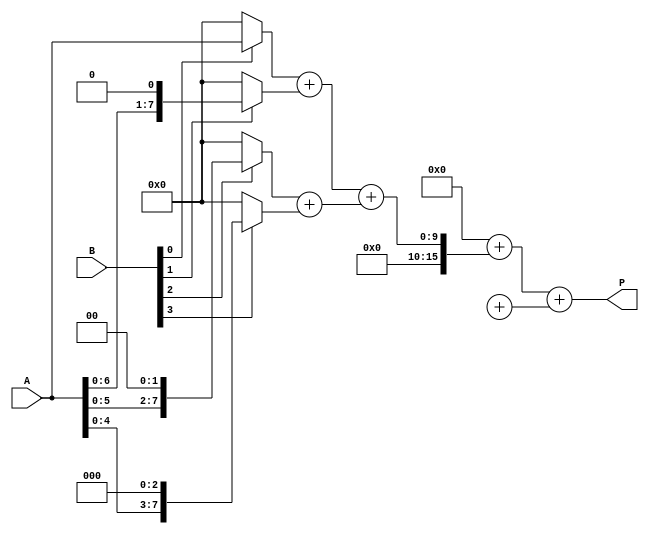
module AdaptiveWallaceTreeMultiplier #(
    parameter A_WIDTH = 8, // Bit-width of input A
    parameter B_WIDTH = 8  // Bit-width of input B
)(
    input [A_WIDTH-1:0] A, // Multiplicand
    input [B_WIDTH-1:0] B, // Multiplier
    output reg [A_WIDTH+B_WIDTH-1:0] P // Product
);

    // Generate partial products
    wire [A_WIDTH-1:0] pp[B_WIDTH-1:0]; // Partial products
    genvar i;
    generate
        for (i = 0; i < B_WIDTH; i = i + 1) begin : generate_partial_products
            assign pp[i] = (B[i]) ? (A << i) : 0; // Shift A by i if B[i] is 1
        end
    endgenerate

    // Level 1: Carry Save Adders for first level of partial products
    wire [A_WIDTH+B_WIDTH-1:0] sum1[B_WIDTH/2-1:0];
    wire [A_WIDTH+B_WIDTH-1:0] carry1[B_WIDTH/2-1:0];
    
    generate
        for (i = 0; i < B_WIDTH/2; i = i + 1) begin : CSA_level1
            if (i < (B_WIDTH/2 - 1)) begin
                // 2 inputs for CSA
                assign {carry1[i], sum1[i]} = pp[2*i] + pp[2*i + 1];
            end
        end
    endgenerate

    // Level 2: Further reduction of partial products
    wire [A_WIDTH+B_WIDTH-1:0] sum2[B_WIDTH/4-1:0];
    wire [A_WIDTH+B_WIDTH-1:0] carry2[B_WIDTH/4-1:0];

    generate
        for (i = 0; i < B_WIDTH/4; i = i + 1) begin : CSA_level2
            if (i < (B_WIDTH/4 - 1)) begin
                // 2 inputs for CSA
                assign {carry2[i], sum2[i]} = sum1[2*i] + sum1[2*i + 1];
            end
        end
    endgenerate

    // Final stage: Carry Propagate Adder
    reg [A_WIDTH+B_WIDTH-1:0] final_sum;
    reg [A_WIDTH+B_WIDTH-1:0] final_carry;

    always @(*) begin
        // Combine final sums and carries
        final_sum = carry2[0] + sum2[0];
        final_carry = carry2[1] + sum2[1];

        // Final product calculation
        P = final_sum + final_carry;
    end

endmodule